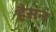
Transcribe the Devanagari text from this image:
हैसन